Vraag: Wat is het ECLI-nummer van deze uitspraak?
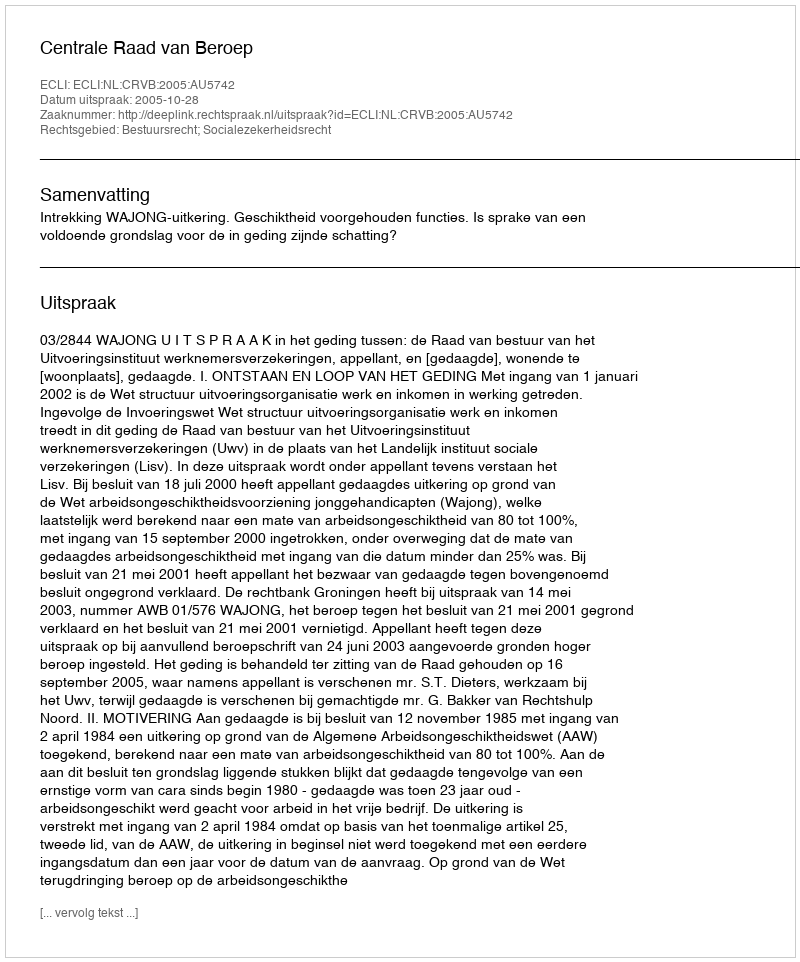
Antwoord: ECLI:NL:CRVB:2005:AU5742